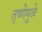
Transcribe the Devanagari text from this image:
तृष्णेमुळे